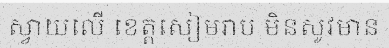
ស្វាយលើ ខេត្តសៀមរាប មិនសូវមាន